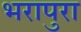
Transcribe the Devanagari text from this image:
भरापुरा